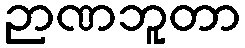
ဉာဏဘူတာ